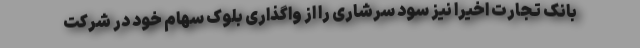
بانک تجارت اخیرا نیز سود سرشاری را از واگذاری بلوک سهام خود در شرکت